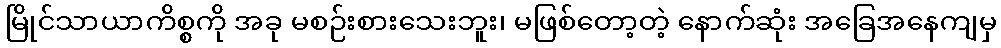
မြိုင်သာယာကိစ္စကို အခု မစဉ်းစားသေးဘူး၊ မဖြစ်တော့တဲ့ နောက်ဆုံး အခြေအနေကျမှ